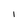
Character: I